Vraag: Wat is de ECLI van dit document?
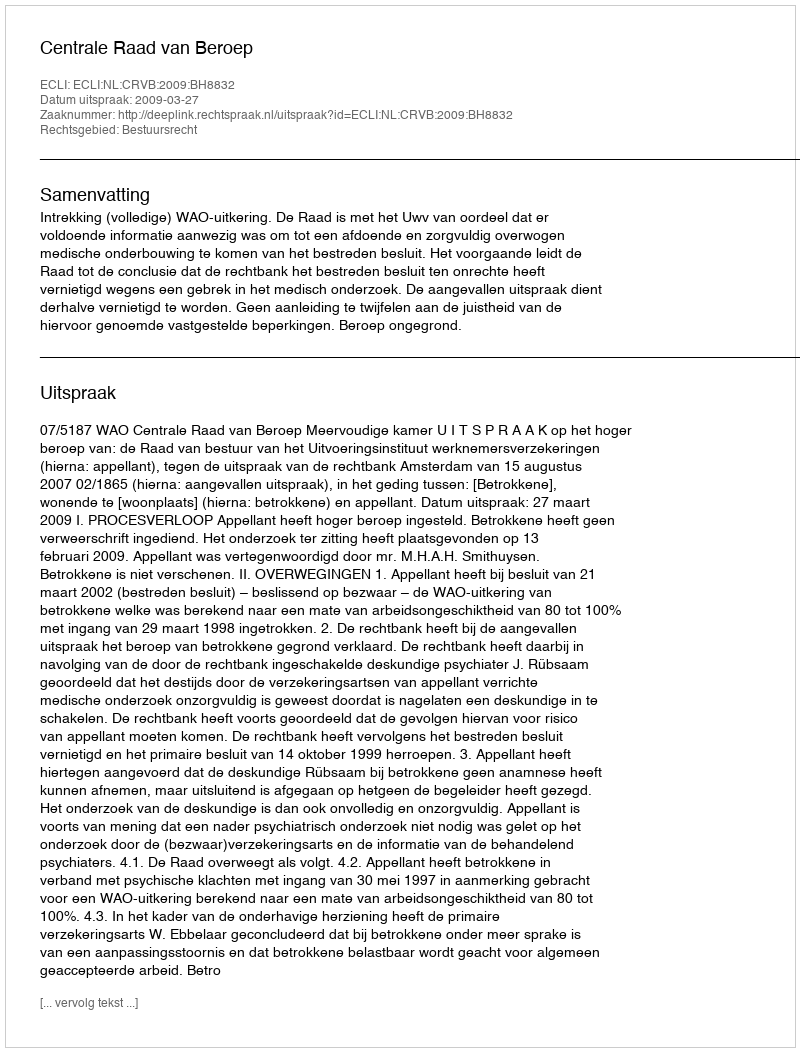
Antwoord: ECLI:NL:CRVB:2009:BH8832